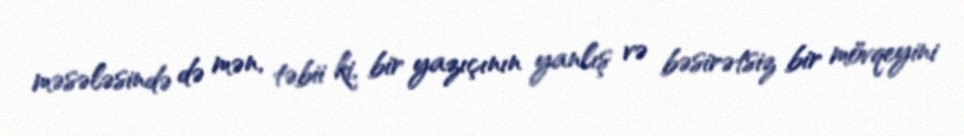
məsələsində də mən, təbii ki, bir yazıçının yanlış və bəsirətsiz bir mövqeyini